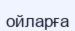
ойларға